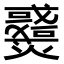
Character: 𤒓